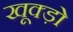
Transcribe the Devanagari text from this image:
खूक्ड़ो